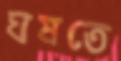
ঘষতে